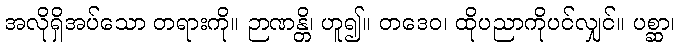
အလိုရှိအပ်သော တရားကို။ ဉာဏန္တိ၊ ဟူ၍။ တဒေဝ၊ ထိုပညာကိုပင်လျှင်။ ပစ္ဆာ၊